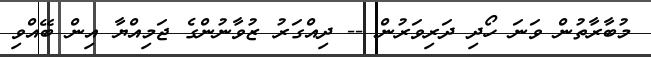
މުބާރާތުން ވަނަ ހޯދި ދަރިވަރުން -- ދިއްގަރު ޒުވާނުންގެ ޖަމިއްޔާ އިން ބޭއްވި